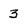
Character: 3